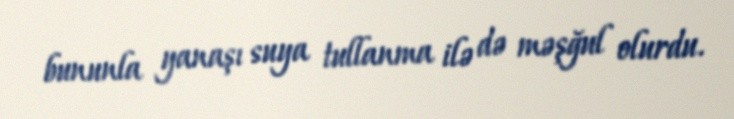
bununla yanaşı suya tullanma ilə də məşğul olurdu.